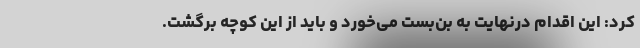
کرد: این اقدام درنهایت به بن‌بست می‌خورد و باید از این کوچه برگشت.